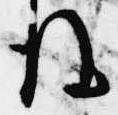
後